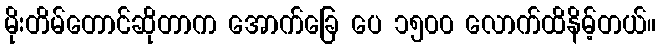
မိုးတိမ်တောင်ဆိုတာက အောက်ခြေ ပေ ၁၅၀၀ လောက်ထိနိမ့်တယ်။